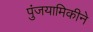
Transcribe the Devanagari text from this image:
पुंजयामिकीने